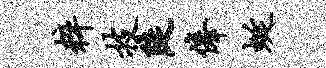
粹技陡俸蜒